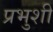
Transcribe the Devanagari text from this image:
प्रभुशी